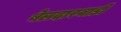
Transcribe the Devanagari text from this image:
बेलदारवाडी